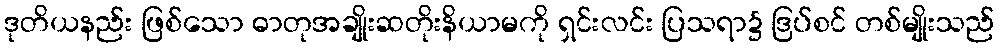
ဒုတိယနည်း ဖြစ်သော ဓာတုအချိုးဆတိုးနိယာမကို ရှင်းလင်း ပြသရာ၌ ဒြပ်စင် တစ်မျိုးသည်